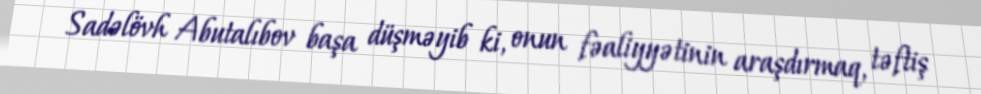
Sadəlövh Abutalıbov başa düşməyib ki, onun fəaliyyətinin araşdırmaq, təftiş